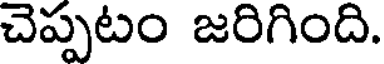
చెప్పటం జరిగింది.